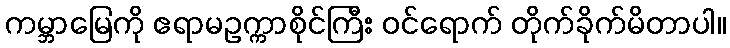
ကမ္ဘာမြေကို ဧရာမဥက္ကာစိုင်ကြီး ဝင်ရောက် တိုက်ခိုက်မိတာပါ။